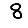
Digit: 8